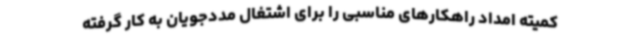
کمیته امداد راهکارهای مناسبی را برای اشتغال مددجویان به کار گرفته